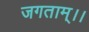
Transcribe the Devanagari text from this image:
जगताम्।।